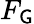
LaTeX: F_{\mathsf{G}}